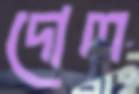
দোল